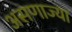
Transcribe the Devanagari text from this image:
असणाज्या